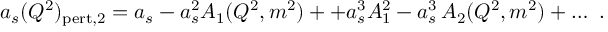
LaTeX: a _ { s } ( Q ^ { 2 } ) _ { \mathrm { p e r t , 2 } } = a _ { s } - a _ { s } ^ { 2 } A _ { 1 } ( Q ^ { 2 } , m ^ { 2 } ) + + a _ { s } ^ { 3 } A _ { 1 } ^ { 2 } - a _ { s } ^ { 3 } \, A _ { 2 } ( Q ^ { 2 } , m ^ { 2 } ) + \dots \, \, .